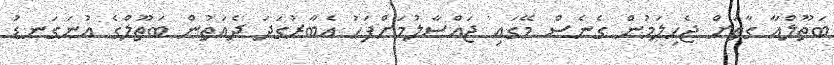
ބަތޫލްއާ ގާތަށް ޖެހިލަމުން ގެނެސް މޭގައި ޖައްސާލުމަށްފަހު އެބާރުގަދަ ދެއަތުން ބަތޫލްގެ އުނަގަނޑު